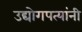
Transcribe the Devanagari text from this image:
उद्योगपत्यांनी